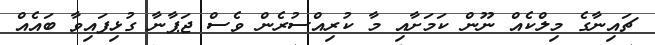
ޗައިނާގެ މިލްކެއް ނޫން ކަމަށާއި މާ ކުރިއްސުރެން ވެސް ޖަޕާނާ ގުޅިފައިވާ ބައެއް